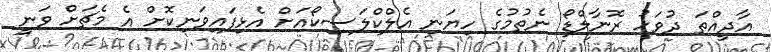
އާދީއްތަ ދުވަހު ރޮނާލްޑޯ ނެތުމުގެ ހިޔަނި އެލްކްލަސިކޯއަށް އެޅިފައިވަނިކޮށް އެ މެޗަށް ވަނީ